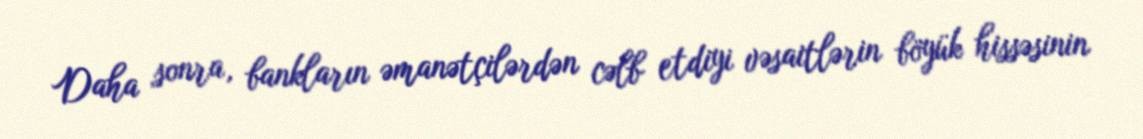
Daha sonra, bankların əmanətçilərdən cəlb etdiyi vəsaitlərin böyük hissəsinin